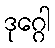
ဒုဂ္ဂေါ